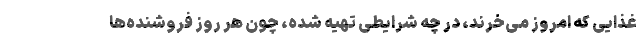
غذایی که امروز می‌خرند، در چه شرایطی تهیه شده، چون هر روز فروشنده‌ها